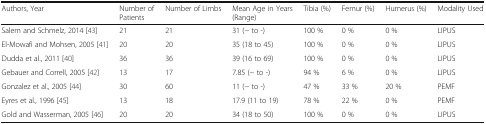
<table><thead><tr><td><b>Authors, Year</b></td><td><b>Number of Patients</b></td><td><b>Number of Limbs</b></td><td><b>Mean Age in Years (Range)</b></td><td><b>Tibia (%)</b></td><td><b>Femur (%)</b></td><td><b>Humerus (%)</b></td><td><b>Modality Used</b></td></tr></thead><tbody><tr><td>Salem and Schmelz, 2014 [43]</td><td>21</td><td>21</td><td>31 (− to -)</td><td>100 %</td><td>0 %</td><td>0 %</td><td>LIPUS</td></tr><tr><td>El-Mowafi and Mohsen, 2005 [41]</td><td>20</td><td>20</td><td>35 (18 to 45)</td><td>100 %</td><td>0 %</td><td>0 %</td><td>LIPUS</td></tr><tr><td>Dudda et al., 2011 [40]</td><td>36</td><td>36</td><td>39 (16 to 69)</td><td>100 %</td><td>0 %</td><td>0 %</td><td>LIPUS</td></tr><tr><td>Gebauer and Correll, 2005 [42]</td><td>13</td><td>17</td><td>7.85 (− to -)</td><td>94 %</td><td>6 %</td><td>0 %</td><td>LIPUS</td></tr><tr><td>Gonzalez et al., 2005 [44]</td><td>30</td><td>60</td><td>11 (− to -)</td><td>47 %</td><td>33 %</td><td>20 %</td><td>PEMF</td></tr><tr><td>Eyres et al., 1996 [45]</td><td>13</td><td>18</td><td>17.9 (11 to 19)</td><td>78 %</td><td>22 %</td><td>0 %</td><td>PEMF</td></tr><tr><td>Gold and Wasserman, 2005 [46]</td><td>20</td><td>20</td><td>34 (18 to 50)</td><td>100 %</td><td>0 %</td><td>0 %</td><td>LIPUS</td></tr></tbody></table>